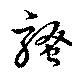
騒